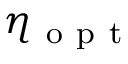
\eta _ { \mathrm { ~ o ~ p ~ t ~ } }